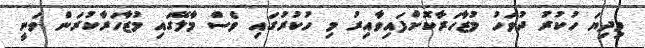
މިދިޔަ ހުކުރު ދުވަހު މުޒާހަރާކޮށްފައިވާއިރު މި ހުކުރުގައި ވެސް މާލޭގައި މުޒާހަރާކުރަން ވަނީ